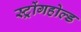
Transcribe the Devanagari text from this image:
स्ट्रोंगहोल्ड